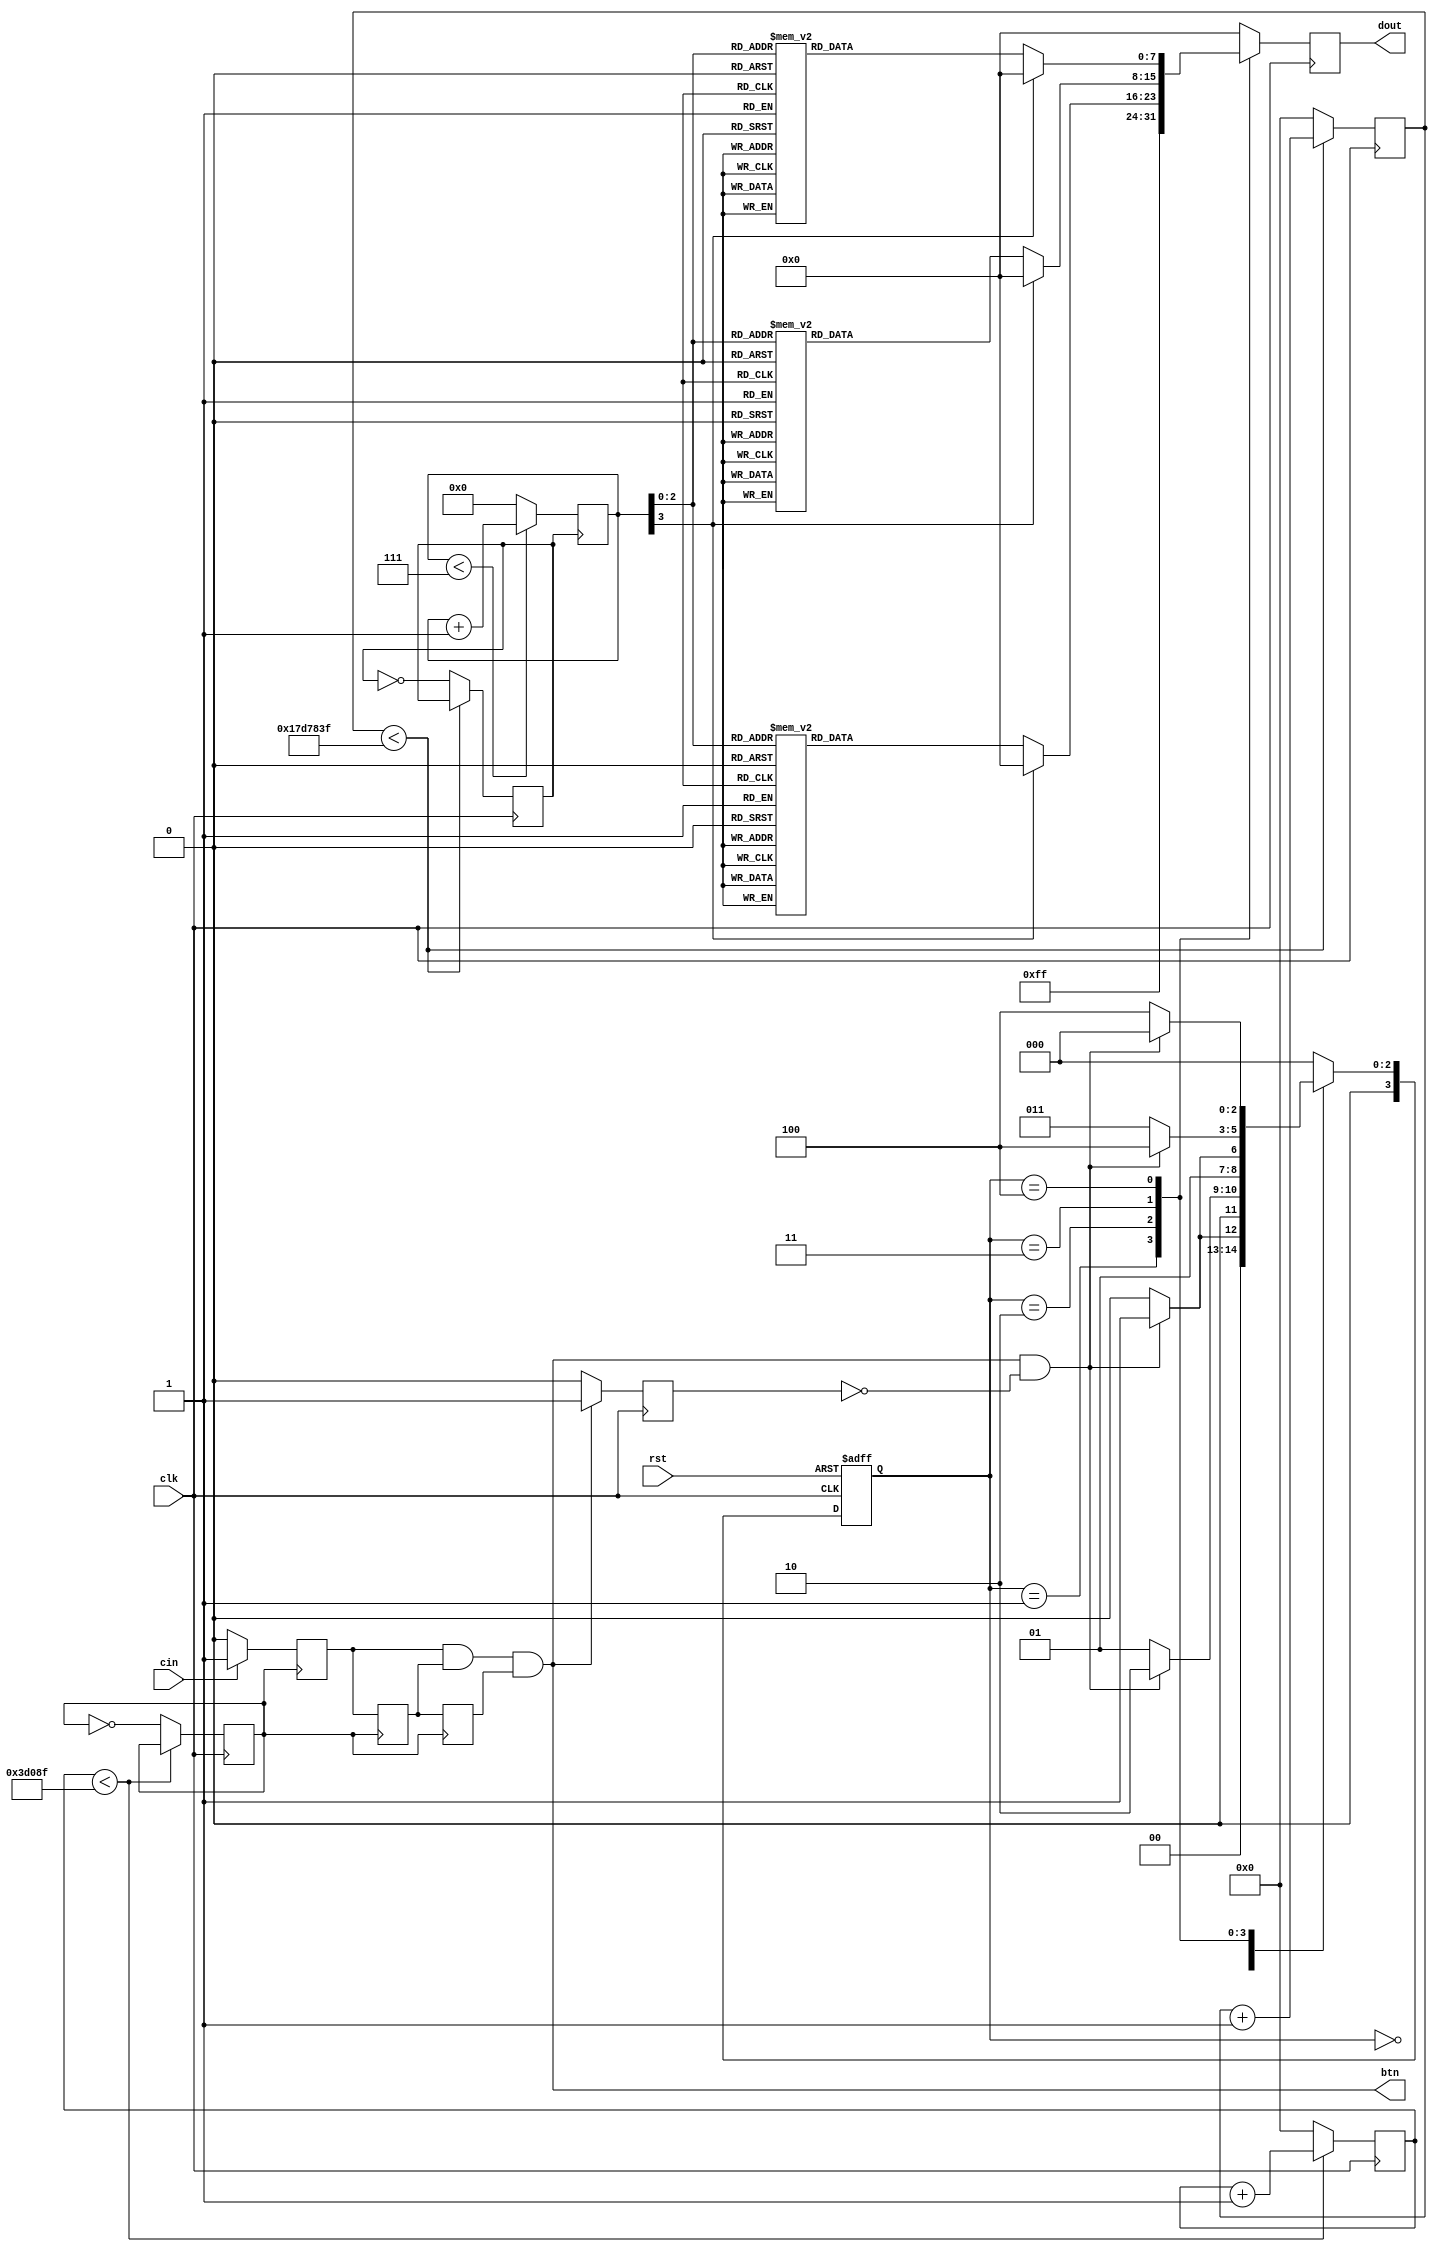
`timescale 1ns / 1ps
//////////////////////////////////////////////////////////////////////////////////
// Company: HITSZ
// 
// Design Name: 
// Module Name: LightController
// Project Name: 
// Target Devices: 
// Tool Versions: 
// Description: 
// 
// Dependencies: 
// 
// Revision:
// Revision 0.01 - File Created
// Additional Comments:
// 
//////////////////////////////////////////////////////////////////////////////////


module LightController(
    input clk,
    input cin,
    input rst,
    output btn, // cin 
    output [7:0] dout
    );

    reg clk_2Hz = 0; // 2 Hz 
    reg clk_en; // 5 ms 
    wire outp; // 
    wire cin_xd;
    wire outpulse; // 
    wire cin_pu;
    reg [7:0] dout_reg;

    // 2 Hz 
    reg [26:0] divclk_cnt_2Hz;
    always @(posedge clk) begin
        if (divclk_cnt_2Hz < 100000000 / 2 / 2 - 1)
            divclk_cnt_2Hz <= divclk_cnt_2Hz + 1;
        else begin
            clk_2Hz <= ~clk_2Hz;
            divclk_cnt_2Hz <= 0;
        end
    end

    // 5 ms 
    reg [26:0] divclk_cnt_5ms;
    always @(posedge clk) begin
        if (divclk_cnt_5ms < 100000000 / 200 / 2 - 1)
            divclk_cnt_5ms <= divclk_cnt_5ms + 1;
        else begin
            clk_en <= ~clk_en;
            divclk_cnt_5ms <= 0;
        end
    end

    //  3  D  3  5 ms  cin outp = 1
    reg delay1 = 0, delay2 = 0, delay3 = 0;
    always @(posedge clk_en) begin
        if (cin == 1)
            delay1 <= 1;
        else
            delay1 <= 0;
    end
    always @(posedge clk_en) begin
        delay2 <= delay1;
    end
    always @(posedge clk_en) begin
        delay3 <= delay2;
    end
    assign outp = delay1 & delay2 & delay3;
    assign btn = outp;

    assign cin_xd = outp;

    // 
    reg q_outpulse;
    always @(posedge clk) begin
        if (cin_xd == 1)
            q_outpulse <= 1;
        else
            q_outpulse <= 0;
    end
    assign outpulse = cin_xd & ~q_outpulse;

    assign cin_pu = outpulse;
    
    reg [3:0] NS = 3'b000, CS; // NS: Next State, CS: Current State
    parameter [3:0]
        M1 = 3'b000,
        M2 = 3'b001,
        M3 = 3'b010,
        M4 = 3'b011,
        M5 = 3'b100;
    
    //  1  always 
    always @(posedge clk or posedge rst) begin
        if (rst)
            CS <= M1;
        else
            CS <= NS;
    end

    //  2  always 
    always @(CS or cin_pu) begin
        case (CS)
            M1: begin
                if (cin_pu == 1)
                    NS = M2;
                else
                    NS = M1;
            end
            M2: begin
                if (cin_pu)
                    NS = M3;
                else
                    NS = M2;
            end
            M3: begin
                if (cin_pu)
                    NS = M4;
                else
                    NS = M3;
            end
            M4: begin
                if (cin_pu)
                    NS = M5;
                else
                    NS = M4;
            end
            M5: begin
                if (cin_pu)
                    NS = M1;
                else
                    NS = M5;
            end
            default: NS = M1;
        endcase
    end

    // 8  M3, M4, M5 
    reg [3:0] cnt_8;
    always @(posedge clk_2Hz) begin
        if (cnt_8 < 3'b111)
            cnt_8 <= cnt_8 + 1;
        else
            cnt_8 <= 3'b000;
    end

    //  3  always 
    always @(posedge clk) begin
        case (CS)
            M1: begin
                dout_reg <= 8'b0000_0000;
            end
            M2: begin
                dout_reg <= 8'b1111_1111;
            end
            M3: begin
                //  1  0.5s 
                case (cnt_8)
                    3'b000: dout_reg <= 8'b0000_0001;
                    3'b001: dout_reg <= 8'b0000_0010;
                    3'b010: dout_reg <= 8'b0000_0100;
                    3'b011: dout_reg <= 8'b0000_1000;
                    3'b100: dout_reg <= 8'b0001_0000;
                    3'b101: dout_reg <= 8'b0010_0000;
                    3'b110: dout_reg <= 8'b0100_0000;
                    3'b111: dout_reg <= 8'b1000_0000;
                    default: dout_reg <= 8'b0000_0000;
                endcase
            end
            M4: begin
                //  1  0.5s 
                case (cnt_8)
                    3'b000: dout_reg <= 8'b1000_0000;
                    3'b001: dout_reg <= 8'b0100_0000;
                    3'b010: dout_reg <= 8'b0010_0000;
                    3'b011: dout_reg <= 8'b0001_0000;
                    3'b100: dout_reg <= 8'b0000_1000;
                    3'b101: dout_reg <= 8'b0000_0100;
                    3'b110: dout_reg <= 8'b0000_0010;
                    3'b111: dout_reg <= 8'b0000_0001;
                    default: dout_reg <= 8'b0000_0000;
                endcase
            end
            M5: begin
                // 8  0.5s 
                case (cnt_8)
                    3'b000: dout_reg <= 8'b1010_1010;
                    3'b001: dout_reg <= 8'b0101_0101;
                    3'b010: dout_reg <= 8'b1010_1010;
                    3'b011: dout_reg <= 8'b0101_0101;
                    3'b100: dout_reg <= 8'b1010_1010;
                    3'b101: dout_reg <= 8'b0101_0101;
                    3'b110: dout_reg <= 8'b1010_1010;
                    3'b111: dout_reg <= 8'b0101_0101;
                    default: dout_reg <= 8'b0000_0000;
                endcase
            end
            default: dout_reg <= 8'b0000_0000;
        endcase
    end

    assign dout = dout_reg;

endmodule